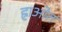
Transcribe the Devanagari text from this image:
ह्राओत